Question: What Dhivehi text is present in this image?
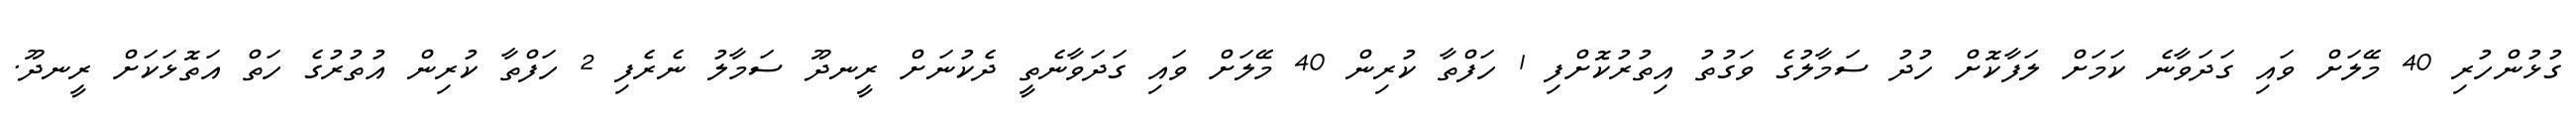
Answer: ގުޅުންހުރި 40 މޭލަށް ވައި ގަދަވާނެ ކަމަށް ލަފާކޮށް ހުދު ސަމާލުގެ ވަގުތު އިތުރުކޮށްފި 1 ހަފްތާ ކުރިން 40 މޭލަށް ވައި ގަދަވާނެތީ ދެކުނަށް ރީނދޫ ސަމާލު ނެރެފި 2 ހަފްތާ ކުރިން އުތުރުގެ ހަތް އަތޮޅަކަށް ރީނދޫ.